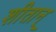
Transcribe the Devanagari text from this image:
शीतान्